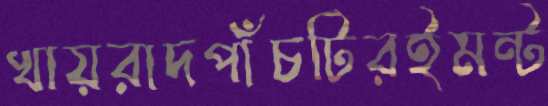
খায়রাদপাঁচটিরইমন্ট